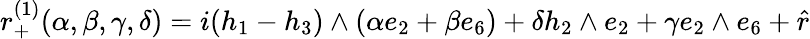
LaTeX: r_{+}^{(1)}(\alpha,\beta,\gamma,\delta)=i(h_{1}-h_{3})\wedge(\alpha e_{2}+\beta e_{6})+\delta h_{2}\wedge e_{2}+\gamma e_{2}\wedge e_{6}+\hat{r}